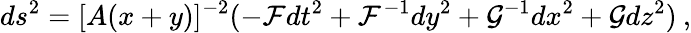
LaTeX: ds^{2}=[A(x+y)]^{-2}(-{\cal F}dt^{2}+{\cal F}^{-1}dy^{2}+{\cal G}^{-1}dx^{2}+{\cal G}dz^{2})\: ,